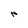
Character: N